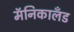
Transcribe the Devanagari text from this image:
मॅनिकालँड